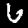
Label: 6